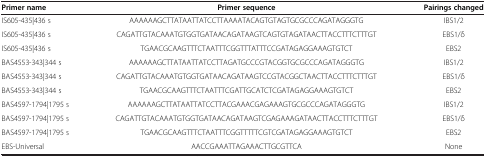
| Primer name | Primer sequence | Pairings changed |
 | --- | --- | --- |
 | IS605-435|436 s | AAAAAAGCTTATAATTATCCTTAAAATACAGTGTAGTGCGCCCAGATAGGGTG | IBS1/2 |
 | IS605-435|436 s | CAGATTGTACAAATGTGGTGATAACAGATAAGTCAGTGTAGATAACTTACCTTTCTTTGT | EBS1/δ |
 | IS605-435|436 s | TGAACGCAAGTTTCTAATTTCGGTTTATTTCCGATAGAGGAAAGTGTCT | EBS2 |
 | BAS4553-343|344 s | AAAAAAGCTTATAATTATCCTTAGATGCCCGTACGGTGCGCCCAGATAGGGTG | IBS1/2 |
 | BAS4553-343|344 s | CAGATTGTACAAATGTGGTGATAACAGATAAGTCCGTACGGCTAACTTACCTTTCTTTGT | EBS1/δ |
 | BAS4553-343|344 s | TGAACGCAAGTTTCTAATTTCGATTGCATCTCGATAGAGGAAAGTGTCT | EBS2 |
 | BAS4597-1794|1795 s | AAAAAAGCTTATAATTATCCTTACGAAACGAGAAAGTGCGCCCAGATAGGGTG | IBS1/2 |
 | BAS4597-1794|1795 s | CAGATTGTACAAATGTGGTGATAACAGATAAGTCGAGAAAGATAACTTACCTTTCTTTGT | EBS1/δ |
 | BAS4597-1794|1795 s | TGAACGCAAGTTTCTAATTTCGGTTTTTCGTCGATAGAGGAAAGTGTCT | EBS2 |
 | EBS-Universal | AACCGAAATTAGAAACTTGCGTTCA | None |